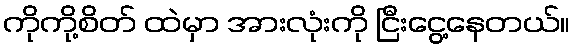
ကိုကို့စိတ် ထဲမှာ အားလုံးကို ငြီးငွေ့နေတယ်။